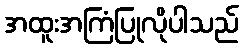
အထူးအကြံပြုလိုပါသည်